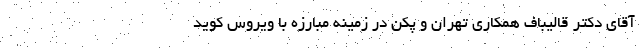
آقای دکتر قالیباف همکاری تهران و پکن در زمینه مبارزه با ویروس کوید